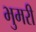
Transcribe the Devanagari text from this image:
भुमरी